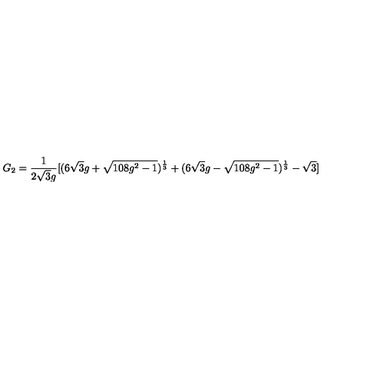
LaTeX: G _ { 2 } = \frac { 1 } { 2 \sqrt { 3 } g } [ ( 6 \sqrt { 3 } g + \sqrt { 1 0 8 g ^ { 2 } - 1 } ) ^ { \frac { 1 } { 3 } } + ( 6 \sqrt { 3 } g - \sqrt { 1 0 8 g ^ { 2 } - 1 } ) ^ { \frac { 1 } { 3 } } - \sqrt { 3 } ]